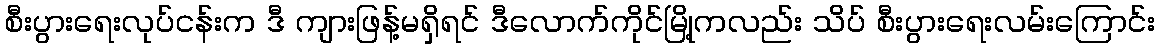
စီးပွားရေးလုပ်ငန်းက ဒီ ကျားဖြန့်မရှိရင် ဒီလောက်ကိုင်မြို့ကလည်း သိပ် စီးပွားရေးလမ်းကြောင်း